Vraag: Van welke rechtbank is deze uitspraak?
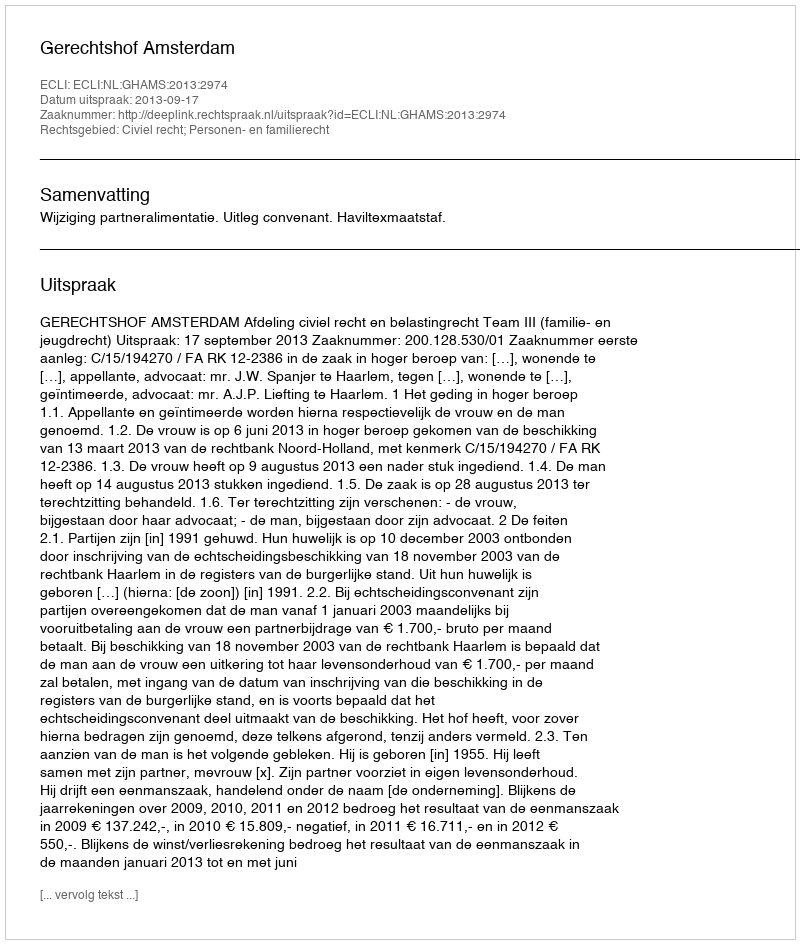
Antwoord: Gerechtshof Amsterdam